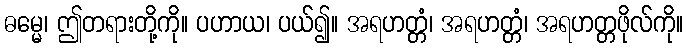
ဓမ္မေ၊ ဤတရားတို့ကို။ ပဟာယ၊ ပယ်၍။ အရဟတ္တံ၊ အရဟတ္တံ၊ အရဟတ္တဖိုလ်ကို။